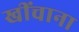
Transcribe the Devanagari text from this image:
खींचाना